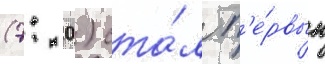
(7: 0) ста́л п'е́рвым